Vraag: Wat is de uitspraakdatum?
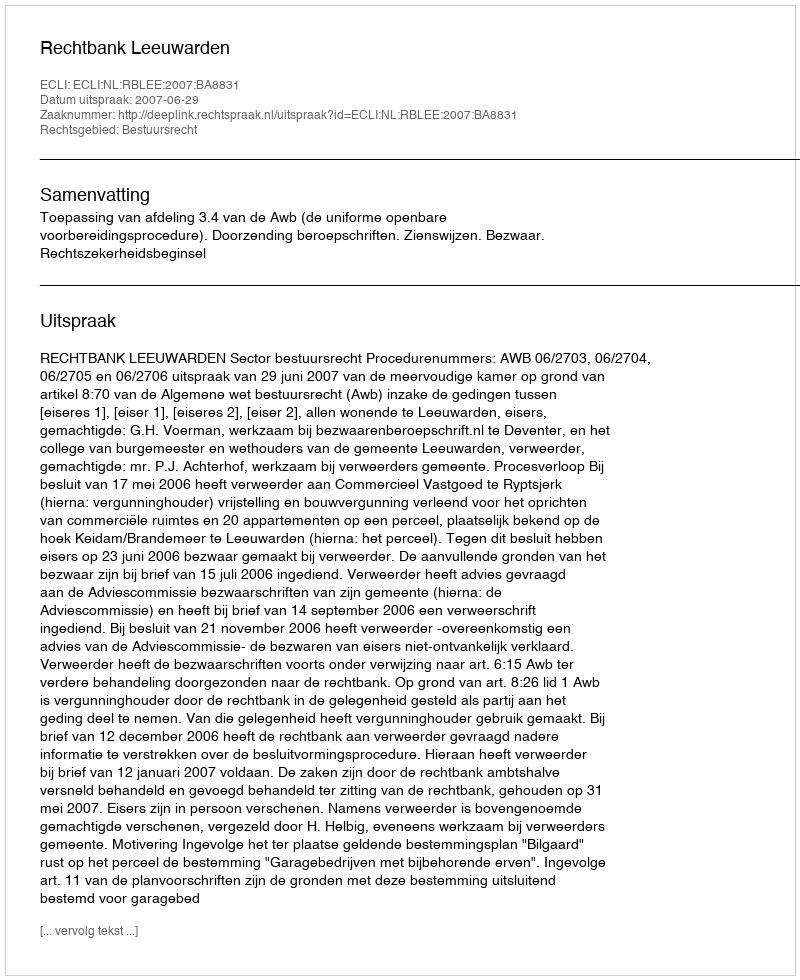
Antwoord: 2007-06-29